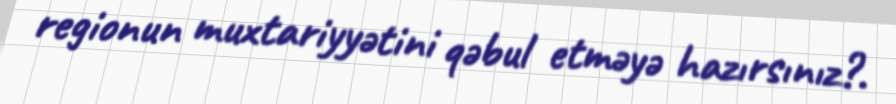
regionun muxtariyyətini qəbul etməyə hazırsınız?.